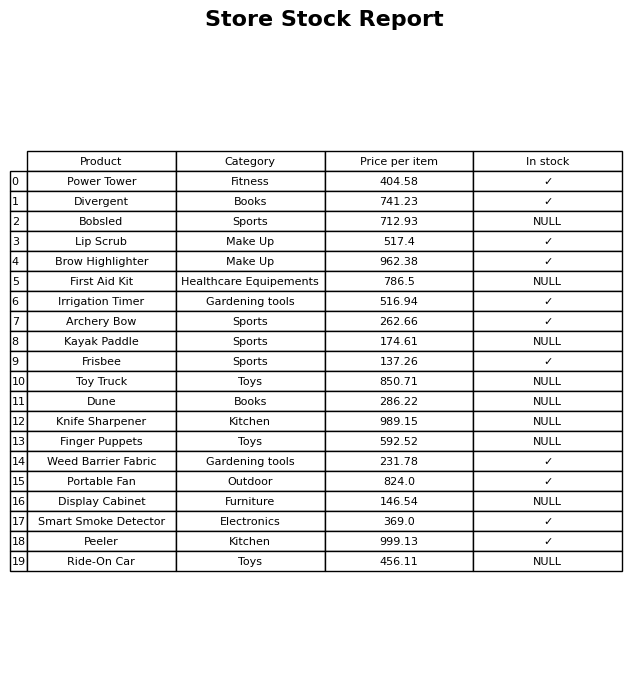
question: What is the price of the Knife Sharpener?
answer: The price of Knife Sharpener is 989.15.